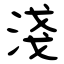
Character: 淺